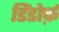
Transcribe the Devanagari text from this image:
डिंडोर्फ़